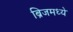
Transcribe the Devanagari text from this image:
ब्रिजमध्ये